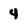
Character: 4